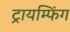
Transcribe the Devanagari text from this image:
ट्रायम्फिंग